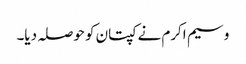
وسیم اکرم نے کپتان کو حوصلہ دیا۔